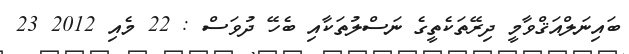
ބައިނަލްއަޤްވާމީ ދިރޭތަކެތީގެ ނަސްލުތަކާއި ބެހޭ ދުވަސް : 22 މެއި 2012 23